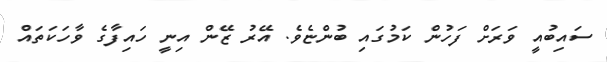
ސައިބުއީ ވަރަށް ފަހުން ކަމުގައި ބުންޏެވެ. އޭރު ޒޭން އިނީ ހައިފާގެ ވާހަކަތައް